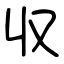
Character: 収